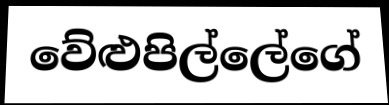
වේළුපිල්ලේගේ